Vaccination North-Western Provinces 1866-1877 - 1866-1877
Year: 1866
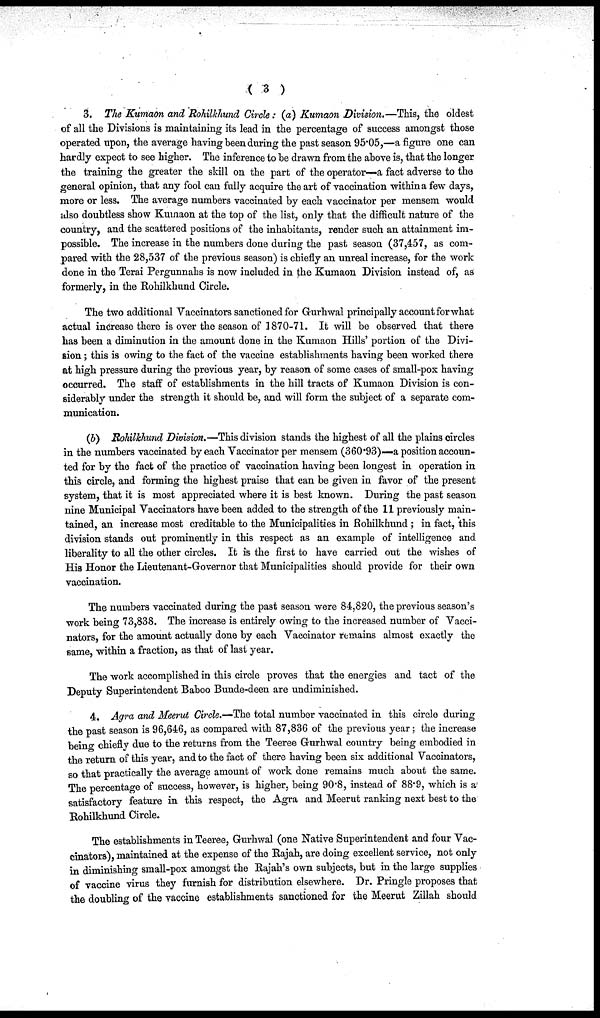
( 3 )
3. The Kumaon and Rohilkhund Circle: (a) Kumaon Division.—This, the oldest
of all the Divisions is maintaining its lead in the percentage of success amongst those
operated upon, the average having been during the past season 95.05,—a figure one can
hardly expect to see higher. The inference to be drawn from the above is, that the longer
the training the greater the skill on the part of the operator—a fact adverse to the
general opinion, that any fool can fully acquire the art of vaccination within a few days,
more or less. The average numbers vaccinated by each vaccinator per mensem would
also doubtless show Kumaon at the top of the list, only that the difficult nature of the
country, and the scattered positions of the inhabitants, render such an attainment im-
possible. The increase in the numbers done during the past season (37,457, as com-
pared with the 28,537 of the previous season) is chiefly an unreal increase, for the work
done in the Terai Pergunnahs is now included in the Kumaon Division instead of, as
formerly, in the Rohilkhund Circle.
The two additional Vaccinators sanctioned for Gurhwal principally account for what
actual increase there is over the season of 1870-71. It will be observed that there
has been a diminution in the amount done in the Kumaon Hills' portion of the Divi-
sion ; this is owing to the fact of the vaccine establishments having been worked there
at high pressure during the previous year, by reason of some cases of small-pox having
occurred. The staff of establishments in the hill tracts of Kumaon Division is con-
siderably under the strength it should be, and will form the subject of a separate com-
munication.
(b) Rohilkhund Division.—This division stands the highest of all the plains circles
in the numbers vaccinated by each Vaccinator per mensem (360.93)—a position accoun-
ted for by the fact of the practice of vaccination having been longest in operation in
this circle, and forming the highest praise that can be given in favor of the present
system, that it is most appreciated where it is best known. During the past season
nine Municipal Vaccinators have been added to the strength of the 11 previously main-
tained, an increase most creditable to the Municipalities in Rohilkhund ; in fact, this
division stands out prominently in this respect as an example of intelligence and
liberality to all the other circles. It is the first to have carried out the wishes of
His Honor the Lieutenant-Governor that Municipalities should provide for their own
vaccination.
The numbers vaccinated during the past season were 84,820, the previous season's
work being 73,838. The increase is entirely owing to the increased number of Vacci-
nators, for the amount actually done by each Vaccinator remains almost exactly the
same, within a fraction, as that of last year.
The work accomplished in this circle proves that the energies and tact of the
Deputy Superintendent Baboo Bunde-deen are undiminished.
4. Agra and Meerut Circle.— The total number vaccinated in this circle during
the past season is 96,646, as compared with 87,836 of the previous year; the increase
being chiefly due to the returns from the Teeree Gurhwal country being embodied in
the return of this year, and to the fact of there having been six additional Vaccinators,
so that practically the average amount of work done remains much about the same.
The percentage of success, however, is higher, being 90.8, instead of 88.9, which is a
satisfactory feature in this respect, the Agra and Meerut ranking next best to the
Rohilkhund Circle.
The establishments in Teeree, Gurhwal (one Native Superintendent and four Vac-
cinators), maintained at the expense of the Rajah, are doing excellent service, not only
in diminishing small-pox amongst the Rajah's own subjects, but in the large supplies
of vaccine virus they furnish for distribution elsewhere. Dr. Pringle proposes that
the doubling of the vaccine establishments sanctioned for the Meerut Zillah should